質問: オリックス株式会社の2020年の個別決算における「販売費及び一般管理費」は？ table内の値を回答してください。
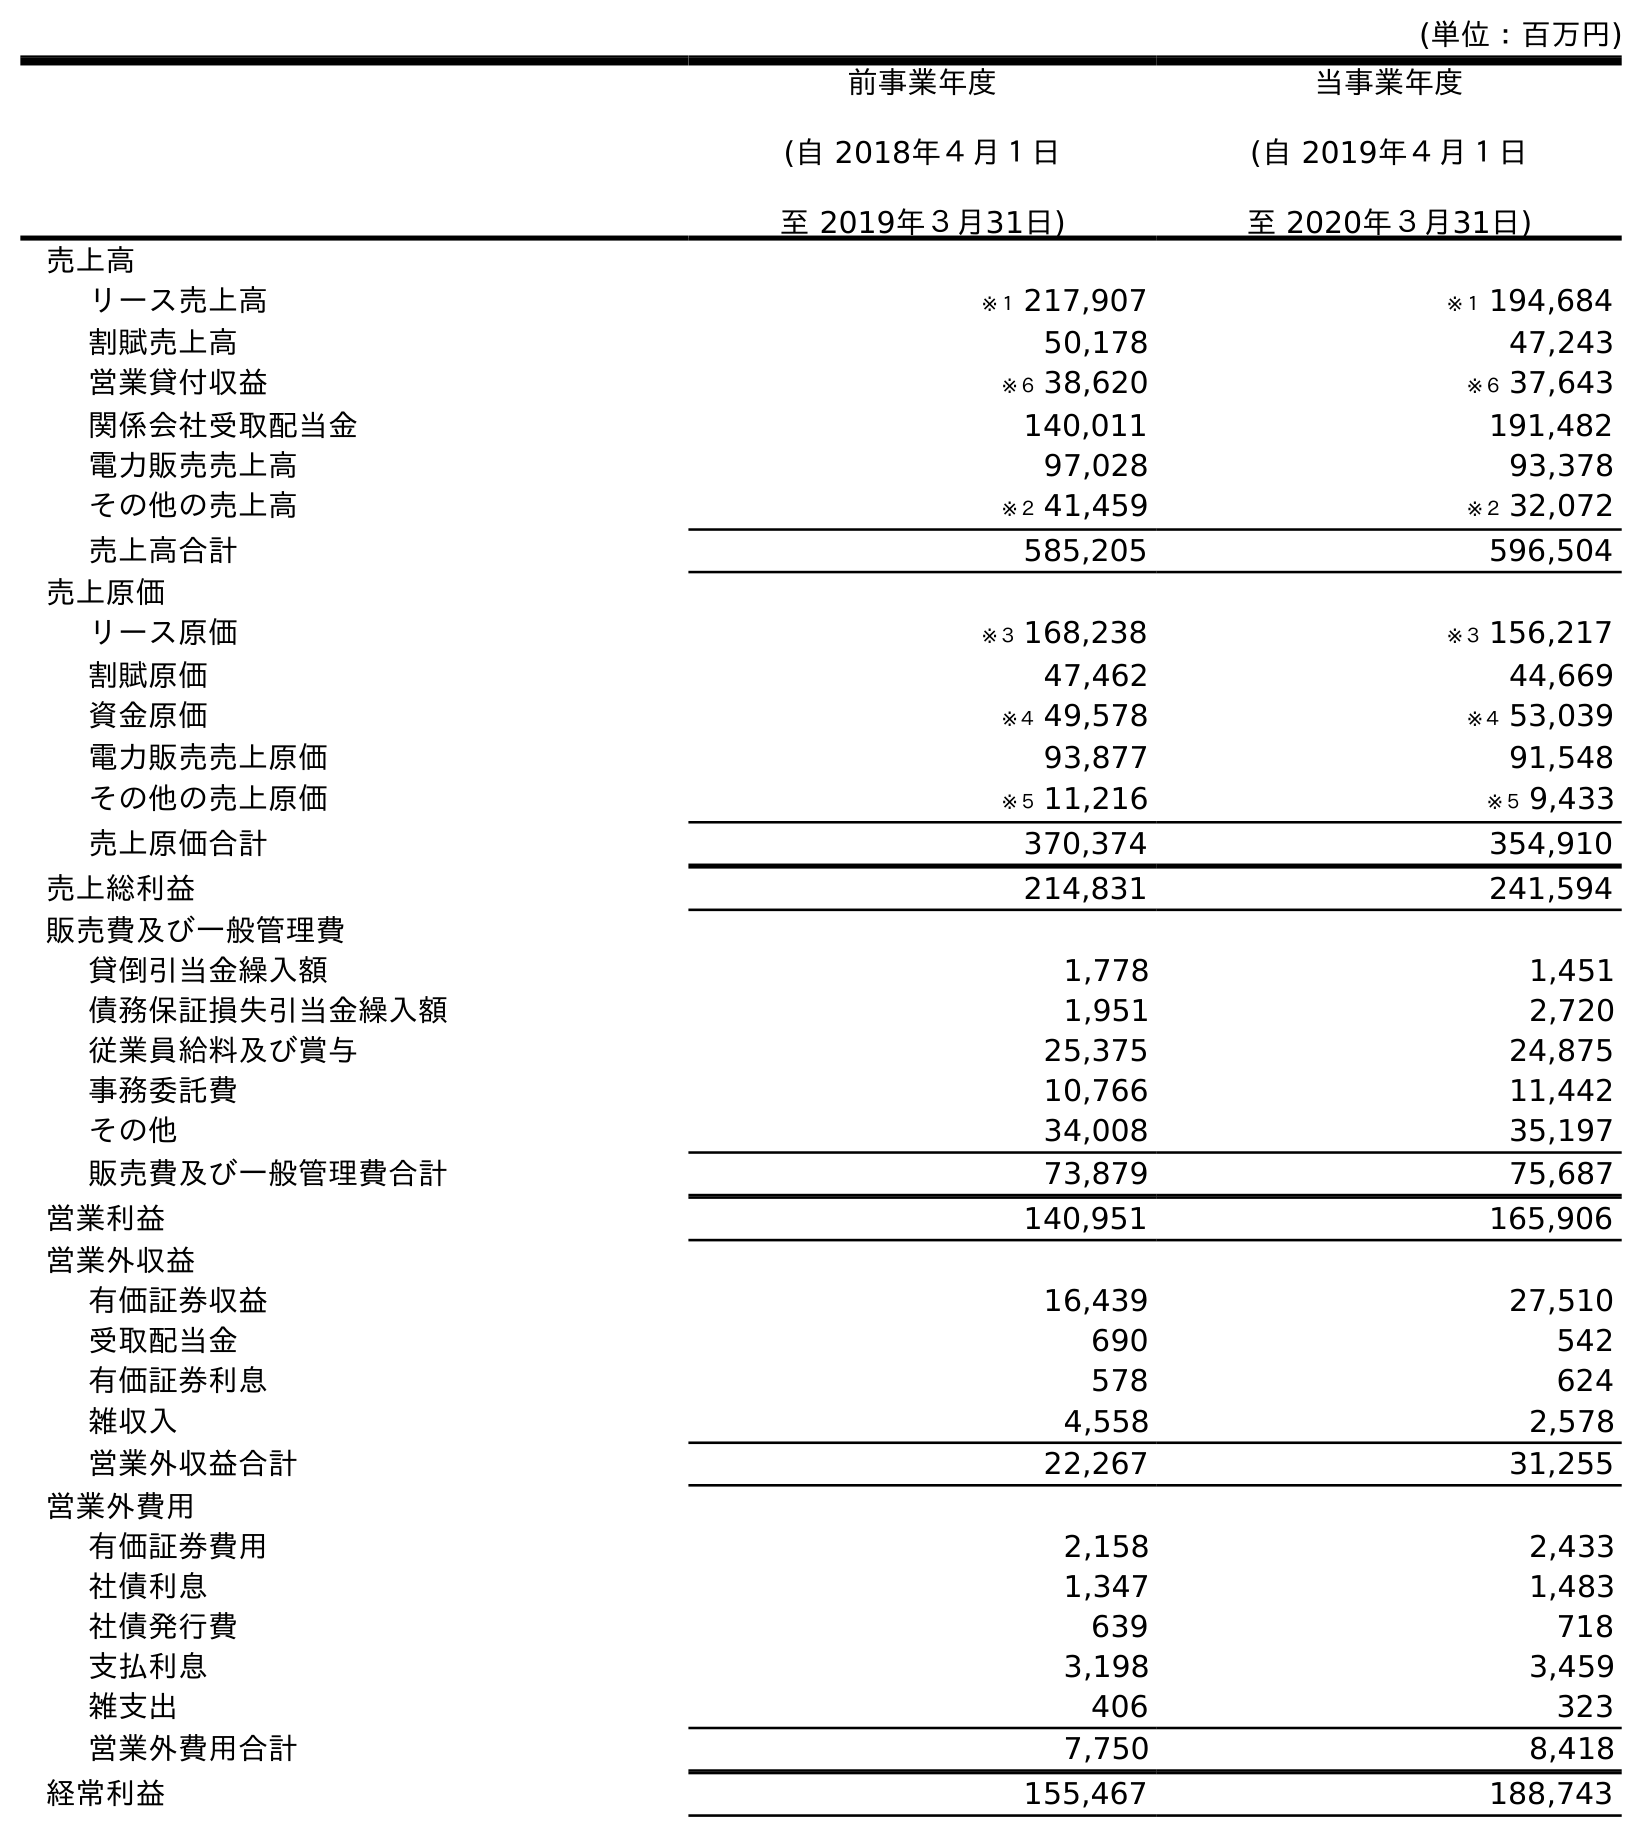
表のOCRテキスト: (単位：百万円) 前事業年度 (自 2018年４月１日 至 2019年３月31日) 当事業年度 (自 2019年４月１日 至 2020年３月31日) 売上高 リース売上高 ※１ 217,907 ※１ 194,684 割賦売上高 50,178 47,243 営業貸付収益 ※６ 38,620 ※６ 37,643 関係会社受取配当金 140,011 191,482 電力販売売上高 97,028 93,378 その他の売上高 ※２ 41,459 ※２ 32,072 売上高合計 585,205 596,504 売上原価 リース原価 ※３ 168,238 ※３ 156,217 割賦原価 47,462 44,669 資金原価 ※４ 49,578 ※４ 53,039 電力販売売上原価 93,877 91,548 その他の売上原価 ※５ 11,216 ※５ 9,433 売上原価合計 370,374 354,910 売上総利益 214,831 241,594 販売費及び一般管理費 貸倒引当金繰入額 1,778 1,451 債務保証損失引当金繰入額 1,951 2,720 従業員給料及び賞与 25,375 24,875 事務委託費 10,766 11,442 その他 34,008 35,197 販売費及び一般管理費合計 73,879 75,687 営業利益 140,951 165,906 営業外収益 有価証券収益 16,439 27,510 受取配当金 690 542 有価証券利息 578 624 雑収入 4,558 2,578 営業外収益合計 22,267 31,255 営業外費用 有価証券費用 2,158 2,433 社債利息 1,347 1,483 社債発行費 639 718 支払利息 3,198 3,459 雑支出 406 323 営業外費用合計 7,750 8,418 経常利益 155,467 188,743
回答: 75,687